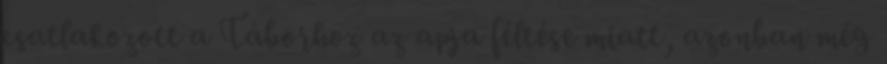
csatlakozott a Táborhoz az apja féltése miatt, azonban még